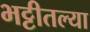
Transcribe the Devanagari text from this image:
भट्टीतल्या